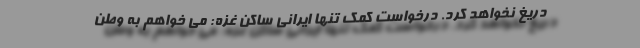
دریغ نخواهد کرد. درخواست کمک تنها ایرانی ساکن غزه: می خواهم به وطن